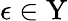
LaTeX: \epsilon\in\textrm{Y}